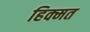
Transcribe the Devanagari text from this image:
हिक्मत